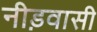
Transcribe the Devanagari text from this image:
नीड़वासी